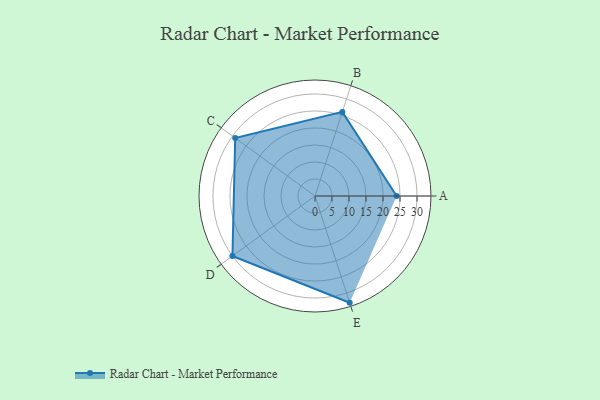
{"axis": {"x": "Skill", "y": "Score"}, "legend": ["Profile"], "data": [{"x": "A", "y": 24.0, "type": "Profile"}, {"x": "B", "y": 26.0, "type": "Profile"}, {"x": "C", "y": 29.0, "type": "Profile"}, {"x": "D", "y": 30.0, "type": "Profile"}, {"x": "E", "y": 33.0, "type": "Profile"}]}